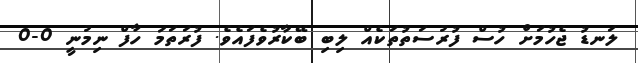
ލަނޑު ޖެހުމަށް ހުސް ފުރުސަތުތަކެއް ލިބި ބޭކާރުވެފައެވެ. ފުރަތަމަ ހާފް ނިމުނީ 0-0